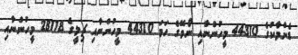
ޑެންމާކުގެ 44310 މީހުންނާއި ނޯވޭގެ ހަމަ 44310 މީހުންނާއި ޗިލީގެ 28118 މީހުންނާއި